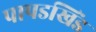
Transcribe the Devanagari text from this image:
पापडखिंड